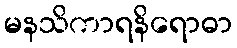
မနသိကာရနိရောဓာ